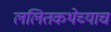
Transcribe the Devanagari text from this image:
ललितकथेच्याच